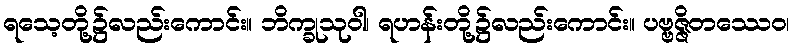
ရသေ့တို့၌လည်းကောင်း။ ဘိက္ခုသုဝါ၊ ရဟန်းတို့၌လည်းကောင်း။ ပဗ္ဗဇ္ဇိတဿေဝ၊